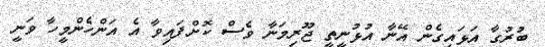
ބުރުގާ އަޅައިގެން އޭނާ އުޅުނީތީ ޖޫރިމަނާ ވެސް ކޮށްފައިވާ އެ އަންހެންމީހާ ވަނީ